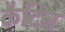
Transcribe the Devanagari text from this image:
कैदिन